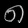
Digit: ၈